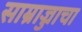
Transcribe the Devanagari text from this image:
साम्राज्जाचा